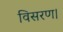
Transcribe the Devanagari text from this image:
विसरण।